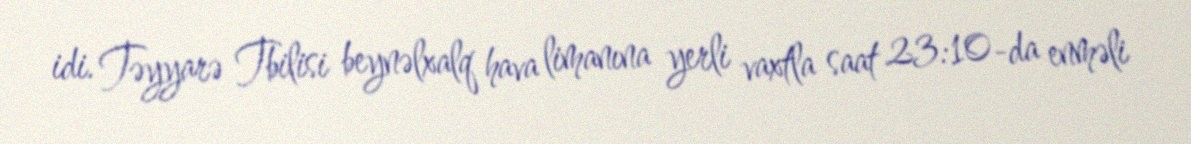
idi. Təyyarə Tbilisi beynəlxalq hava limanına yerli vaxtla saat 23:10-da enməli